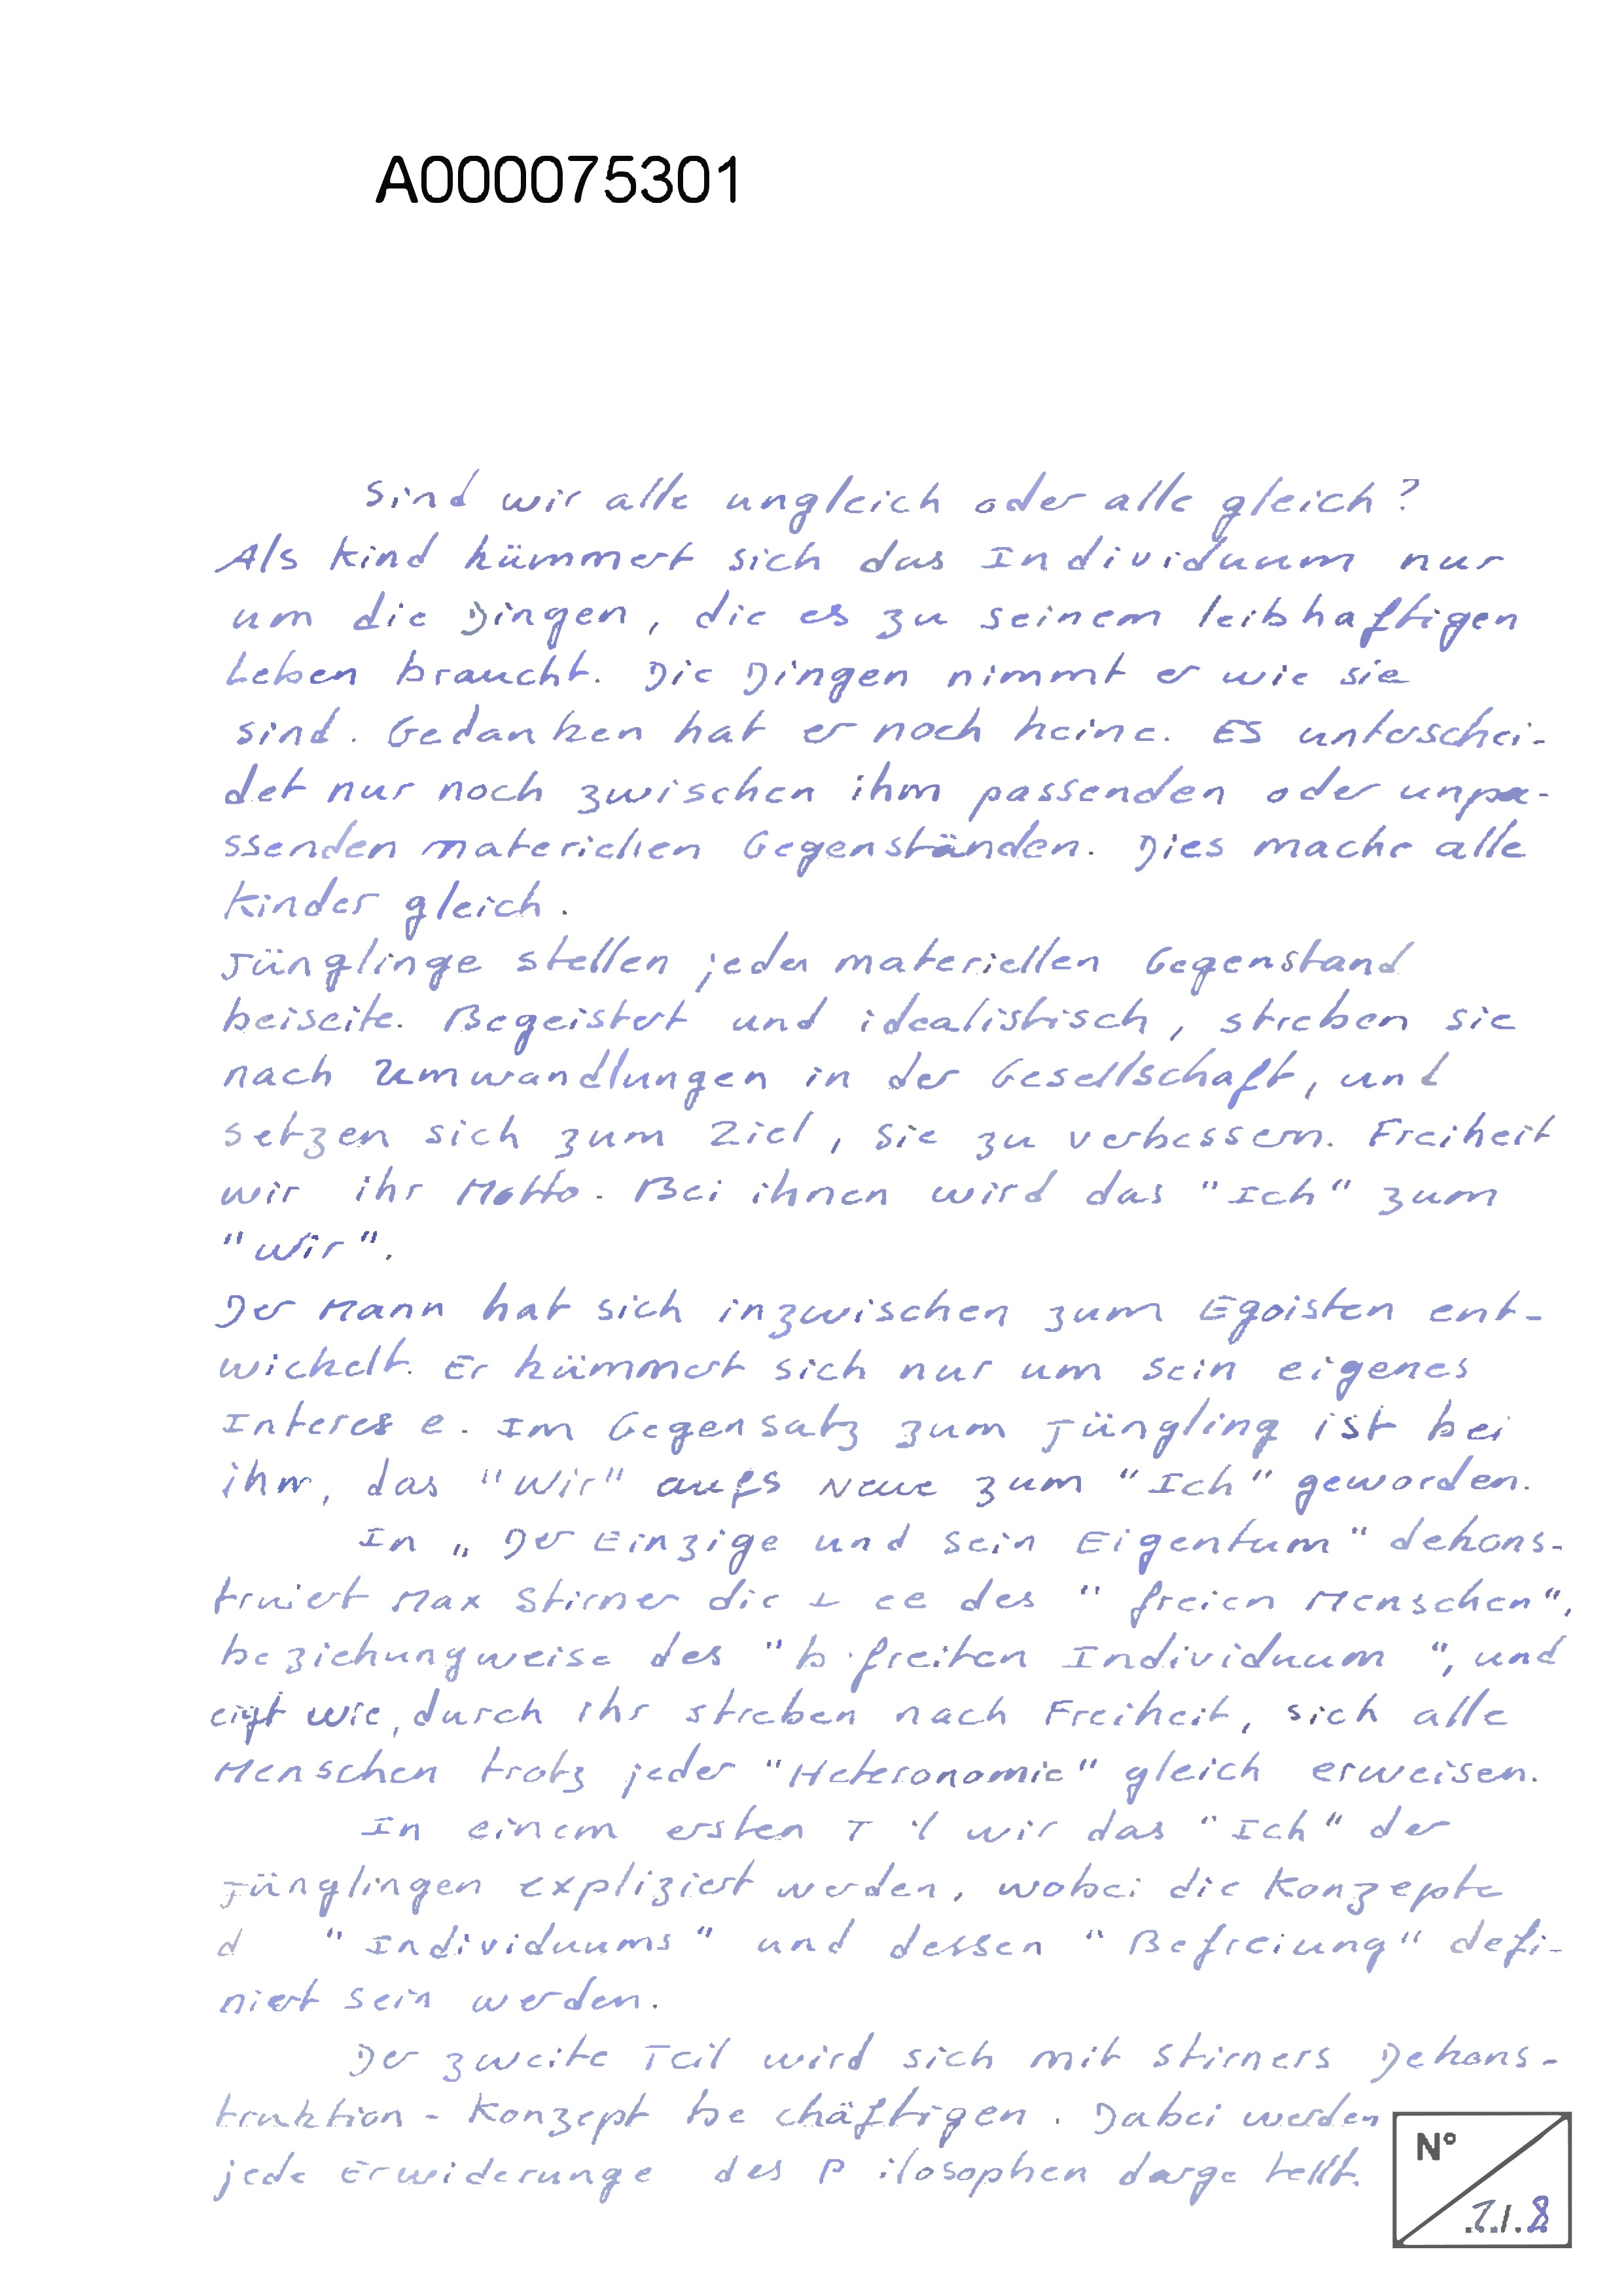
A000075301
sind wir alle ungleich oder alle gleich?
Als Kind kümmert sich das Individuum nur
um die Dingen, die es zu seinem leibhaftigen
Leben braucht. Die Dingen nimmt er wie sie
sind. Gedanken hat er noch keine. Es unterschei-
det nur noch zwischen ihm passenden oder unpa-
ssenden materiellen Gegenständen. Dies mache alle
Kinder gleich.
Jünglinge stellen jeden materiellen Gegenstand
beiseite. Begeistert und idealistisch, streben sie
nach Umwandlungen in der Gesellschaft, und
setzen sich zum Ziel, sie zu verbessern. Freiheit
wird ihr Motto. Bei ihnen wird das "Ich" zum
"Wir
Der Mann hat sich inzwischen zum Egoisten ent-
wickelt. Er kümmert sich nur um sein eigenes
Interesse. Im Gegensatz zum Jüngling ist bei
ihm, das "Wir" aufs Neue zum "Ich" geworden.
In "Der Einzige und sein Eigentum" dekons-
truiert Max Stirner die Idee des "freien Menschen",
beziehungsweise des "befreiten Individuums", und
zeigt wie durch ihr streben nach Freiheit, sich alle
Menschen trotz jeder "Heteronomie" gleich erweisen.
In einem ersten Teil wir das "Ich" der
Jünglingen expliziert werden, wobei die Konzepte
des "Individuums" und dessen "Befreiung" defi-
niert sein werden.
Der zweite Teil wird sich mit Stirners Dekons-
truktion-Konzept beschäftigen. Dabei werden
No.
jede Erwiderungen des Philosophen dargestellt.
1/8